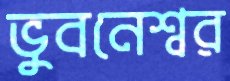
ভুবনেশ্বর